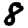
Digit: 8